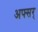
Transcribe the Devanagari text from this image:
अफ्सर्